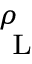
_ \mathrm { ~ L ~ } ^ { \rho }